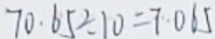
7 0 . 6 5 \div 1 0 = 7 \cdot 0 6 5